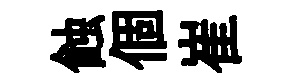
蝕個崔